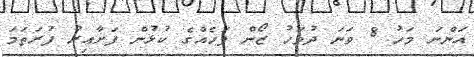
އަންނަ މަހު 8 ވަނަ ދުވަހު ޒޯން ފަހެއްގެ ކުޅުން ފަށާއިރު ފުރަތަމަ